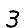
Digit: 3